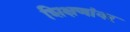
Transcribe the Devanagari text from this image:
शिक्षणांवर